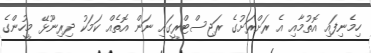
ހިމެނިފައި އޮތުމާއި އެ ރަށްރަށުގެ ރަޖިސްޓްރީގައި ނަން އޮތެއް ކަމަކު ދިރިނޫޅޭ މީހުންގެ